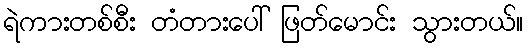
ရဲကားတစ်စီး တံတားပေါ် ဖြတ်မောင်း သွားတယ်။